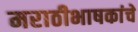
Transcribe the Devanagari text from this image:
मराठीभाषकांचे